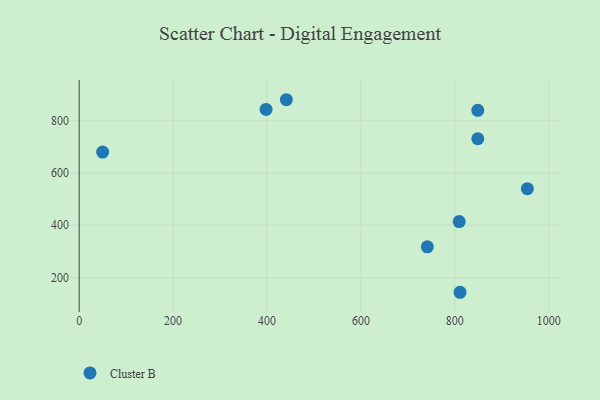
{"axis": {"x": "Ad Spend", "y": "Sales"}, "legend": ["Cluster B"], "data": [{"x": "809.4", "y": 414.1, "type": "Cluster B"}, {"x": "441.2", "y": 880.6, "type": "Cluster B"}, {"x": "741.5", "y": 317.5, "type": "Cluster B"}, {"x": "49.9", "y": 680.4, "type": "Cluster B"}, {"x": "811.2", "y": 143.6, "type": "Cluster B"}, {"x": "954.6", "y": 540.3, "type": "Cluster B"}, {"x": "849.0", "y": 840.1, "type": "Cluster B"}, {"x": "849.0", "y": 731.2, "type": "Cluster B"}, {"x": "398.0", "y": 843.6, "type": "Cluster B"}]}